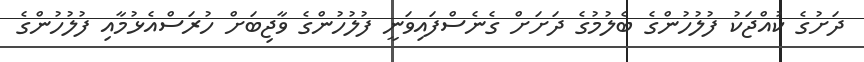
ދަށުގެ ކުއްޖަކު ފުލުހުންގެ ބެލުމުގެ ދަށަށް ގެނެސްފައިވަނީ ފުލުހުންގެ ވާޖިބަށް ހުރަސްއެޅުމާއި ފުލުހުންގެ